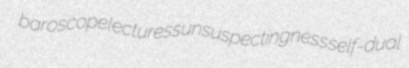
baroscope lecturess unsuspectingness self-dual